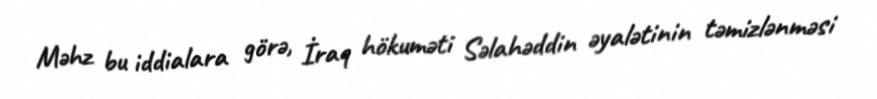
Məhz bu iddialara görə, İraq hökuməti Səlahəddin əyalətinin təmizlənməsi